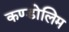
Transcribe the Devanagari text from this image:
कण्डोलिम